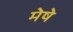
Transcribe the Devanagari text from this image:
मेषे